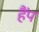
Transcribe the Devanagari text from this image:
हैंप